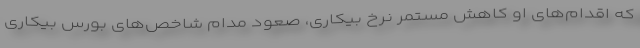
که اقدام‌های او کاهش مستمر نرخ بیکاری، صعود مدام شاخص‌های بورس بیکاری